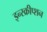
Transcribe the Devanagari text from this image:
इन्स्क्रीप्शन